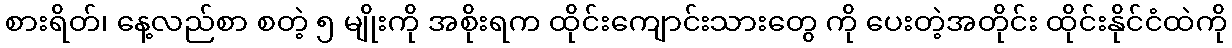
စားရိတ်၊ နေ့လည်စာ စတဲ့ ၅ မျိုးကို အစိုးရက ထိုင်းကျောင်းသားတွေ ကို ပေးတဲ့အတိုင်း ထိုင်းနိုင်ငံထဲကို